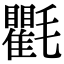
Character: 氍